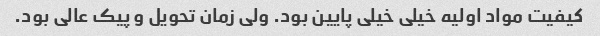
کیفیت مواد اولیه خیلی خیلی پایین بود. ولی زمان تحویل و پیک عالی بود.